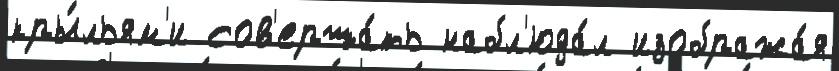
кры́льям'и сов'ерша́ть набл'юда́л изобража́я